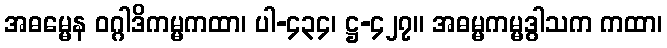
အဓမ္မေန ဝဂ္ဂါဒိကမ္မကထာ၊ ပါ-၄၃၄၊ ဋ္ဌ-၄၂၇။ အဓမ္မကမ္မဒွါသက ကထာ၊